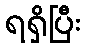
ရရှိပြီး